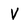
Character: V